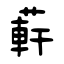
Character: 蓒